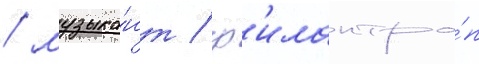
/ музыка́нт / ф'илантро́п